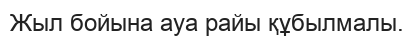
Жыл бойына ауа райы құбылмалы.